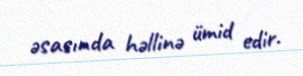
əsasında həllinə ümid edir.